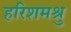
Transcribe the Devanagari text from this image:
हरिशमश्रु